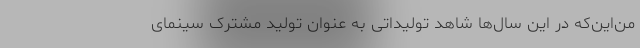
من‌این‌که در این سال‌ها شاهد تولیداتی به عنوان تولید مشترک سینمای